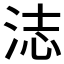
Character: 𬇨